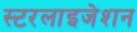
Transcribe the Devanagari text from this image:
स्टरलाइजेशन